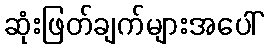
ဆုံးဖြတ်ချက်များအပေါ်